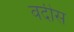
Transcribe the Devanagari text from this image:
वदीस